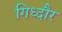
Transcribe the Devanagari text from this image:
गिध्दौर